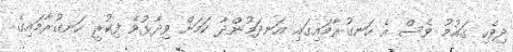
ދިވެހި ގައުމު ވެސް އެ ހަނގުރާމައިގައި އަނދަމުންދާ ކަމަށް ވިދާޅުވެ ފިކުރީ ހަނގުރާމައިގެ